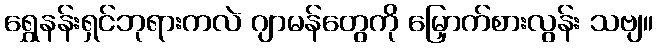
ရွှေနန်းရှင်ဘုရားကလဲ ဂျာမန်တွေကို မြှောက်စားလွန်း သဗျ။